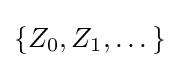
\left\{Z_{0},Z_{1},\dots \right\}